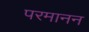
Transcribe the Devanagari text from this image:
परमानन